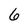
Character: 6